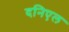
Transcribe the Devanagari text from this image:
दनिएल